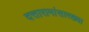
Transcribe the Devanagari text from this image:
दत्तारामांसारख्या